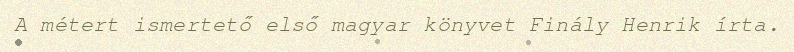
A métert ismertető első magyar könyvet Finály Henrik írta.